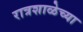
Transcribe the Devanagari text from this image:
रात्रशाळेच्या